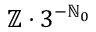
\mathbb { Z } \cdot 3 ^ { - \mathbb { N } _ { 0 } }